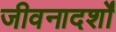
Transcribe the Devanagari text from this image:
जीवनादर्शों